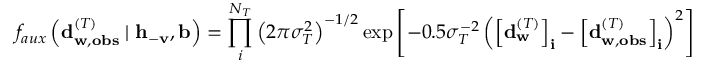
f _ { a u x } \left( \mathbf { d } _ { \mathbf { w } , \mathbf { o b s } } ^ { ( T ) } \mid \mathbf { h } _ { - \mathbf { v } } , \mathbf { b } \right) = \prod _ { i } ^ { N _ { T } } { \left( 2 \pi \sigma _ { T } ^ { 2 } \right) ^ { - 1 / 2 } \exp { \left[ - 0 . 5 \sigma _ { T } ^ { - 2 } \left( \left[ \mathbf { d } _ { \mathbf { w } } ^ { ( T ) } \right] _ { \mathbf { i } } - \left[ \mathbf { d } _ { \mathbf { w } , \mathbf { o b s } } ^ { ( T ) } \right] _ { \mathbf { i } } \right) ^ { 2 } \right] } }